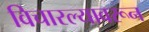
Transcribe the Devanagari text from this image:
विचारल्यावरून